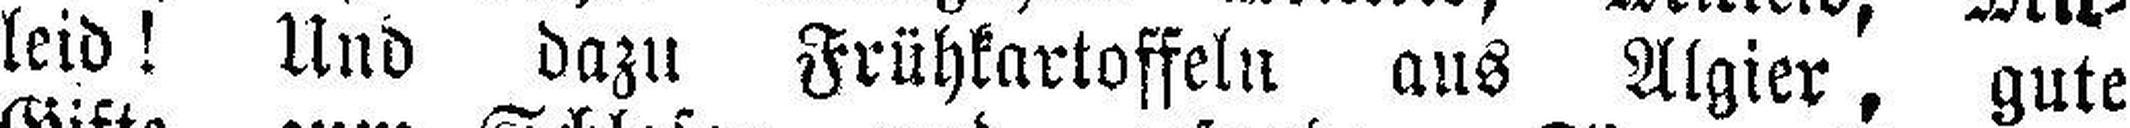
leid! Und dazu Frühkartoffeln aus Algier, gute